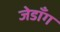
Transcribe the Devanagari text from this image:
जेडाँग